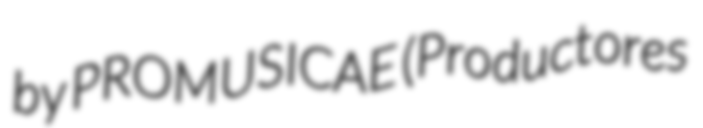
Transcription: by PROMUSICAE (Productores